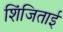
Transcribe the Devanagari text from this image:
शिंजिताई